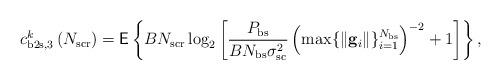
LaTeX: \begin{align*}c^k_{\mathrm{b2s},3}\left( N_{\mathrm{scr}} \right) = \mathsf{E} \left\lbrace B N_{\mathrm{scr}} \log_2\left[ \frac{P_{\mathrm{bs}}}{BN_{\mathrm{bs}}\sigma^2_{\mathrm{sc}} } \left(\max \{ \|\mathbf{g}_i \| \}_{i=1}^{N_{\mathrm{bs}}} \right)^{-2} +1 \right] \right\rbrace,\end{align*}